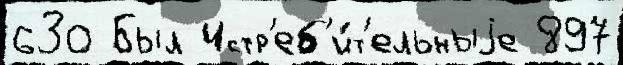
630 Был Истр'еб'и́т'ельныjе 897